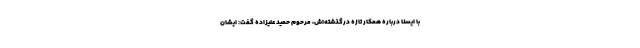
با ایسنا درباره همکار تازه درگذشته‌اش، مرحوم حمید علیزاده گفت: ایشان